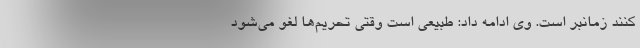
کنند زمانبر است. وی ادامه داد: طبیعی است وقتی تحریم‌ها لغو می‌شود